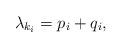
LaTeX: \begin{align*} \lambda_{k_i} = p_i+q_i,\end{align*}